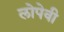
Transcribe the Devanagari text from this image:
लोपेवी